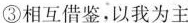
③相互借鉴，以我为主